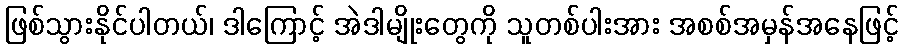
ဖြစ်သွားနိုင်ပါတယ်၊ ဒါကြောင့် အဲဒါမျိုးတွေကို သူတစ်ပါးအား အစစ်အမှန်အနေဖြင့်